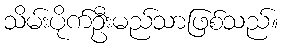
သိမ်းပိုက်ဦးမည်သာဖြစ်သည်။